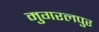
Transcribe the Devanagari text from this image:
मुगरलपुर